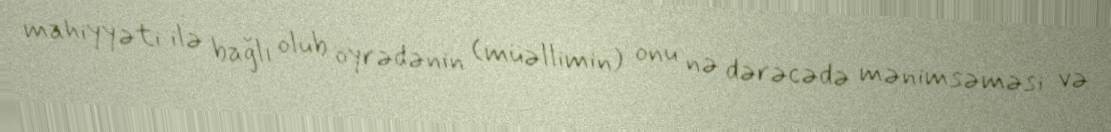
mahiyyəti ilə bağlı olub öyrədənin (müəllimin) onu nə dərəcədə mənimsəməsi və